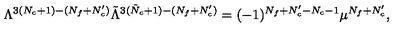
\Lambda ^ { 3 ( N _ { c } + 1 ) - ( N _ { f } + N _ { c } ^ { \prime } ) } \tilde { \Lambda } ^ { 3 ( \tilde { N } _ { c } + 1 ) - ( N _ { f } + N _ { c } ^ { \prime } ) } = ( - 1 ) ^ { N _ { f } + N _ { c } ^ { \prime } - N _ { c } - 1 } \mu ^ { N _ { f } + N _ { c } ^ { \prime } } ,